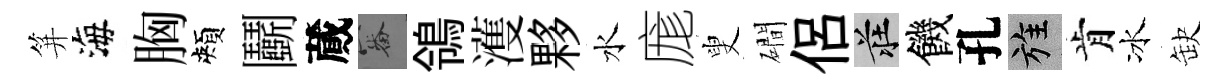
笄海胸頰鬬蕆審鴒濩夥水庬叟磵侶莊饑孔旌肯冰缺